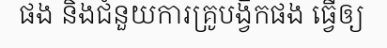
ផង និងជំនួយការគ្រូបង្វឹកផង ធ្វើឲ្យ